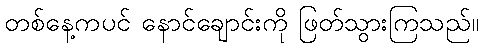
တစ်နေ့ကပင် နောင်ချောင်းကို ဖြတ်သွားကြသည်။